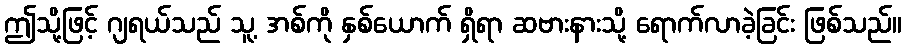
ဤသို့ဖြင့် ဂျရယ်သည် သူ့ အစ်ကို နှစ်ယောက် ရှိရာ ဆဗားနားသို့ ရောက်လာခဲ့ခြင်း ဖြစ်သည်။